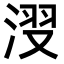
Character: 𣷺